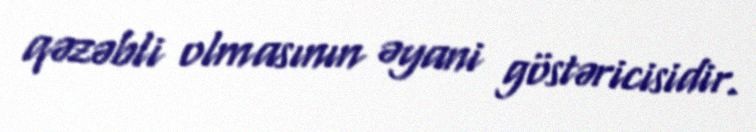
qəzəbli olmasının əyani göstəricisidir.